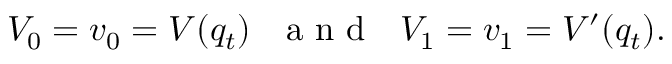
V _ { 0 } = v _ { 0 } = V ( q _ { t } ) \mathrm { ~ \ \ a ~ n ~ d ~ \ \ } V _ { 1 } = v _ { 1 } = V ^ { \prime } ( q _ { t } ) .